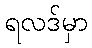
ရလဒ်မှာ